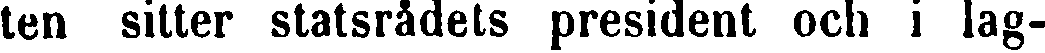
ten sitter statsrådets president och i lag-